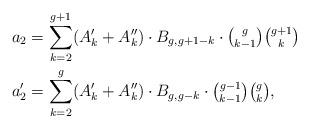
LaTeX: \begin{align*}&a_2=\sum_{k=2}^{g+1}(A'_k+A''_k)\cdot B_{g,g+1-k} \cdot \tbinom{g}{k-1}\tbinom{g+1}{k} \\ &a'_2=\sum_{k=2}^{g}(A'_k+A''_k)\cdot B_{g,g-k} \cdot \tbinom{g-1}{k-1}\tbinom{g}{k},\end{align*}